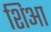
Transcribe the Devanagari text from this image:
शिआ